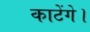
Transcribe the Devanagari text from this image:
काटेंगे।